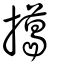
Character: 擖